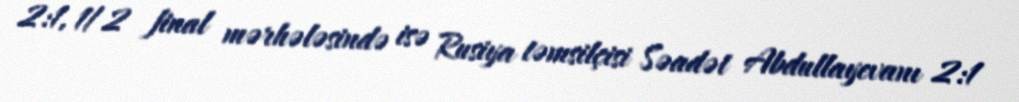
2:1, 1/2 final mərhələsində isə Rusiya təmsilçisi Səadət Abdullayevanı 2:1